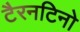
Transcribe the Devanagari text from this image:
टैरनटिनो